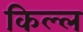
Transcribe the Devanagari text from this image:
किल्ल